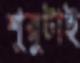
শুরুটাই